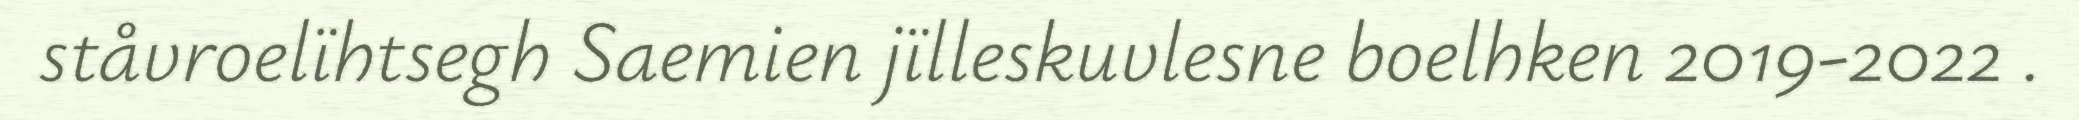
ståvroelïhtsegh Saemien jïlleskuvlesne boelhken 2019-2022 .